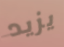
يزيد